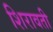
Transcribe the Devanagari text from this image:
शिरावती